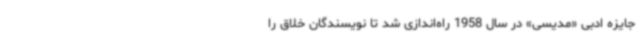
جایزه‌ ادبی «مدیسی» در سال 1958 راه‌اندازی شد تا نویسندگان خلاق را